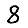
Digit: 8